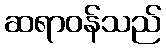
ဆရာဝန်သည်